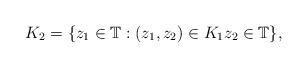
LaTeX: \begin{align*}K_2 = \{z_1 \in \mathbb{T} : (z_1, z_2)\in K_1 z_2 \in \mathbb{T}\},\end{align*}